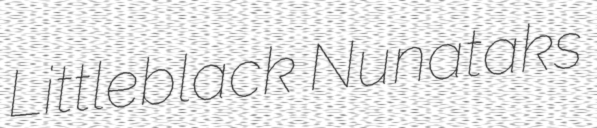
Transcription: Littleblack Nunataks